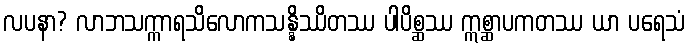
လပနာ? လာဘသက္ကာရသိလောကသန္နိဿိတဿ ပါပိစ္ဆဿ ဣစ္ဆာပကတဿ ယာ ပရေသံ